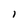
Character: i